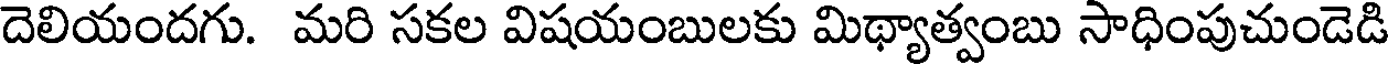
దెలియందగు. మరి సకల విషయంబులకు మిథ్యాత్వంబు సాధింపుచుండెడి